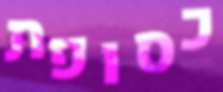
כסופת